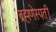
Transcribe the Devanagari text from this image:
ब्रह्मणेस्पती